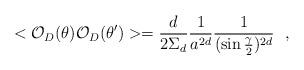
LaTeX: \begin{align*}<{\cal O}_D(\theta ){\cal O}_D(\theta ')>={d\over 2\Sigma_d}{1\over a^{2d}}{1\over (\sin{\gamma\over 2})^{2d}}~~,\end{align*}